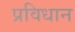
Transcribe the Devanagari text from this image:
प्रविधान